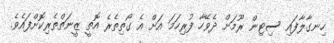
ހިނގާލާފައި ސިޓިން ރޫމަށް ދެވޭހާ ފުރިހަމަ އަށް އެ ގޯތިތެރެ އޮތީ ޒީނަތްތެރިކޮށްފައެވެ.